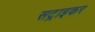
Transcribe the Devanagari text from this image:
सट्राइकर